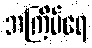
အကြိမ်ရေ